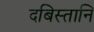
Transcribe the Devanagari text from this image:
दबिस्तानि